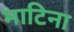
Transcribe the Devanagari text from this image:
माटिना